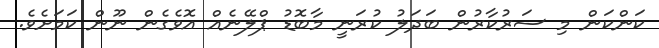
ކަންކަން މި ސަރުކާރުން ބަދަލު ކުރަނީ މާބޮޑު ޕްލޭނެއް އޮވެގެން ނޫން ކަމަށެވެ.